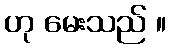
ဟု မေးသည် ။